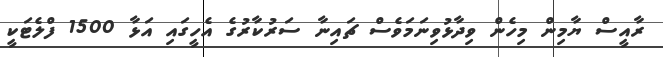
ރާއީސް ޔާމިން މިހެން ވިދާޅުވިނަމަވެސް ޗައިނާ ސަރުކާރުގެ އެހީގައި އަޅާ 1500 ފްލެޓަކީ